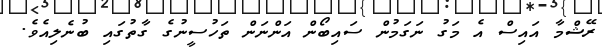
ރޭޝްމާ އައިސް އެ މަގު ނަގަމުން ސައިބޯން އަންނަން ތަހުސީނުގެ ގާތުގައި ބުނެލިއެވެ.